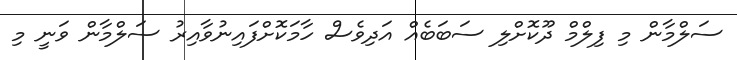
ސަލްމާން މި ފިލްމް ދޫކޮށްލި ސަބަބެއް އަދިވެސް ހާމަކޮށްފައިނުވާއިރު ސަލްމާން ވަނީ މި